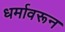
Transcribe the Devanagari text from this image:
धर्मावरून